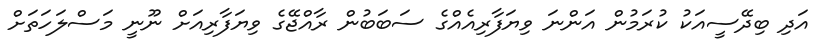
އަދި ބިދޭސީއަކު ކުރަމުން އަންނަ ވިޔަފާރިއެއްގެ ސަބަބުން ރާއްޖޭގެ ވިޔަފާރިއަށް ނޫނީ މަސްލަހަތަށް